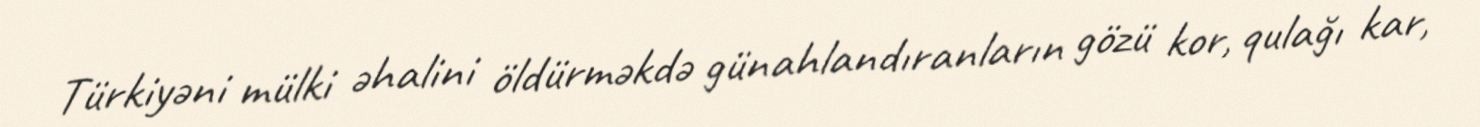
Türkiyəni mülki əhalini öldürməkdə günahlandıranların gözü kor, qulağı kar,